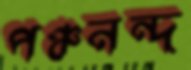
পঞ্চনন্দ